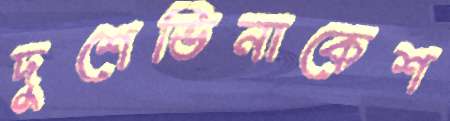
দুশেভিনাকেশ